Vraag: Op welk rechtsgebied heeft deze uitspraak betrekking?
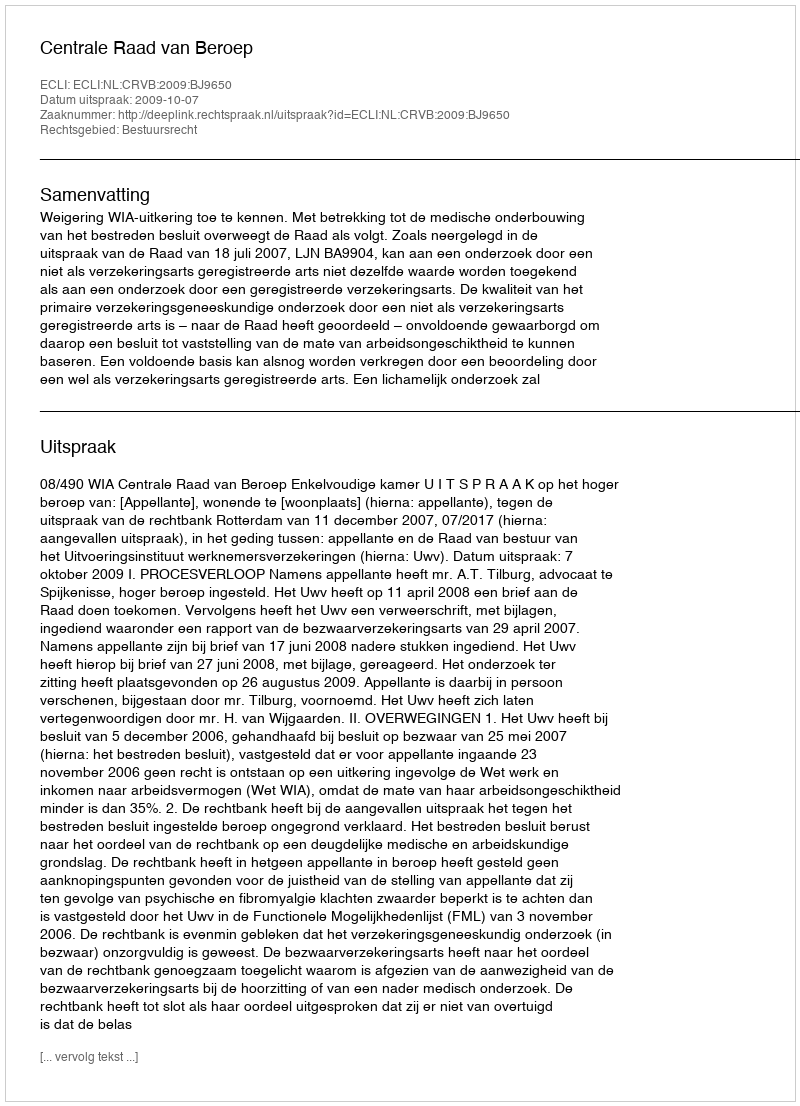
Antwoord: Bestuursrecht